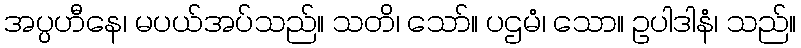
အပ္ပဟီနေ၊ မပယ်အပ်သည်။ သတိ၊ သော်။ ပဌမံ၊ သော။ ဥပါဒါနံ၊ သည်။